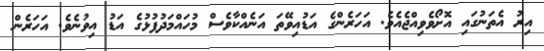
އިރު އެތަނުގައި އޮށޯވެވިއްޖެއެވެ. އަހަރެންގެ އަޑުއިވޭތަ އަނެއްކާވެސް މުހައްމަދުފުޅުގެ އަޑު އިވުނެވެ. އަހަރެން